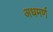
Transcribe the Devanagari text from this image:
अधमर्ण